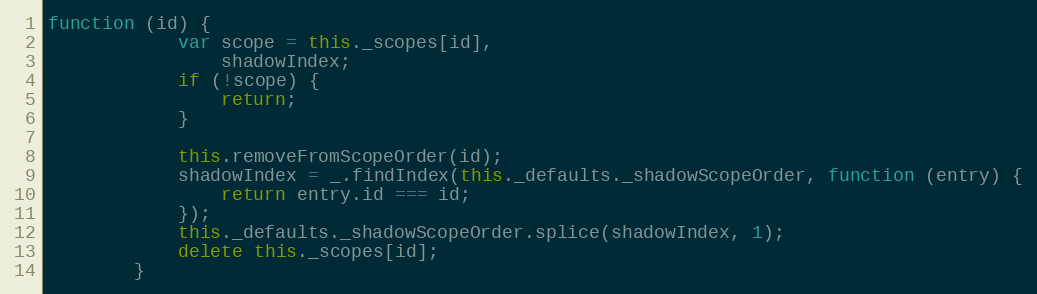
Language: JavaScript
function (id) {
            var scope = this._scopes[id],
                shadowIndex;
            if (!scope) {
                return;
            }

            this.removeFromScopeOrder(id);
            shadowIndex = _.findIndex(this._defaults._shadowScopeOrder, function (entry) {
                return entry.id === id;
            });
            this._defaults._shadowScopeOrder.splice(shadowIndex, 1);
            delete this._scopes[id];
        }